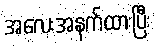
အလေးအနက်ထားပြီး